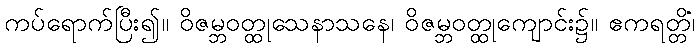
ကပ်ရောက်ပြီး၍။ ဝိဇမ္ဘဝတ္ထုသေနာသနေ၊ ဝိဇမ္ဘဝတ္ထုကျောင်း၌။ ဧကရတ္တိံ၊